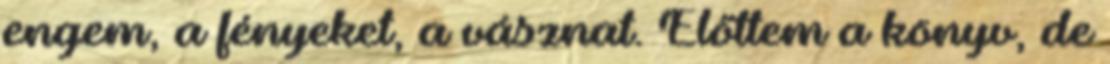
engem, a fényeket, a vásznat. Előttem a könyv, de